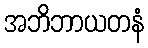
အဘိဘာယတနံ